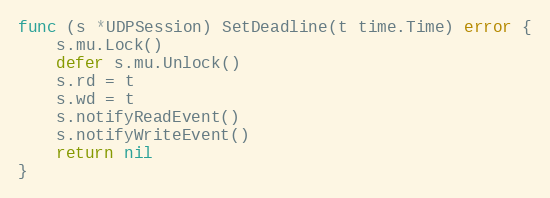
Language: Go
func (s *UDPSession) SetDeadline(t time.Time) error {
	s.mu.Lock()
	defer s.mu.Unlock()
	s.rd = t
	s.wd = t
	s.notifyReadEvent()
	s.notifyWriteEvent()
	return nil
}